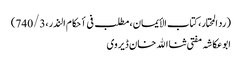
(رد المحتار، کتاب الأیمان، مطلب فی أحکام النذر،740/3)
ابوعکاشہ مفتی ثنا الله خان ڈیروی